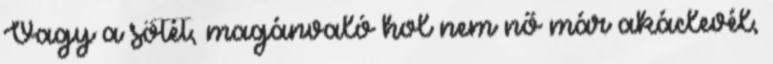
Vagy a sötét, magánvaló hol nem nő már akáclevél,